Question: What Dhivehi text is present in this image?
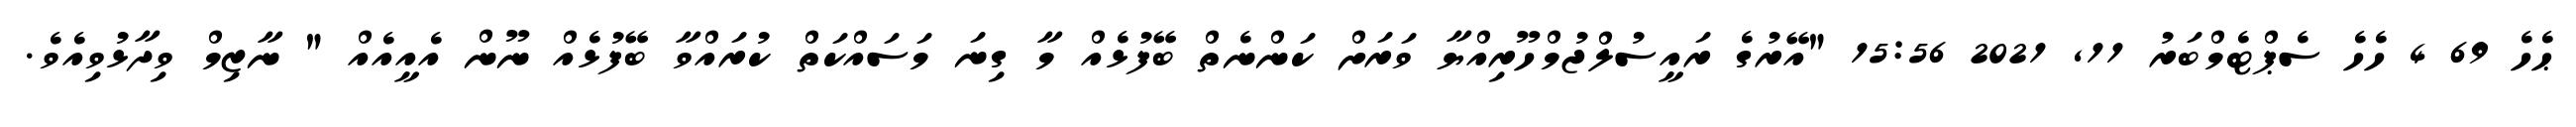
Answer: ޙެހެ 69 4 ހެހެ ސެޕްޓެމްބަރު 11, 2021 15:56 "އޭރުގެ ރައީސުލްޖުމްހޫރިއްޔާ ވަރަށް ކަންނެތް ބޭފުޅެއް މާ ގިނަ މަސައްކަތް ކުރައްވާ ބޭފުޅެއް ނޫން އެއީއެއް " ނާޒިމް ވިދާޅުވިއެވެ.